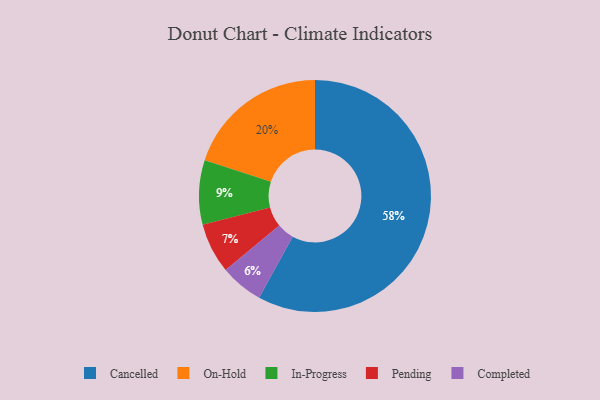
{"axis": {"x": "Category", "y": "Percentage"}, "legend": ["Cancelled", "Completed", "In-Progress", "On-Hold", "Pending"], "data": [{"x": "In-Progress", "y": 9, "type": "In-Progress"}, {"x": "Completed", "y": 6, "type": "Completed"}, {"x": "Cancelled", "y": 58, "type": "Cancelled"}, {"x": "Pending", "y": 7, "type": "Pending"}, {"x": "On-Hold", "y": 20, "type": "On-Hold"}]}